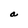
Character: a